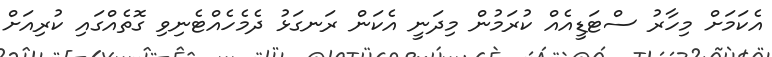
އެކަމަށް މިހާރު ސްޓަޑީއެއް ކުރަމުން މިދަނީ އެކަން ރަނގަޅު ދެމެހެއްޓެނިވި ގޮތެއްގައި ކުރިއަށް